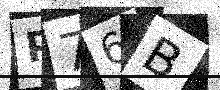
Text: P76B